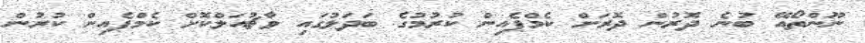
ނޫންތޯއޭ ބުނެ ދޮރުން ދޮރަށް ކެމްޕެއިން ކުރުމުގެ ބަދަލުގައި ވާޗުއަލްކޮށް ކެމްޕެއިން ކުރުން